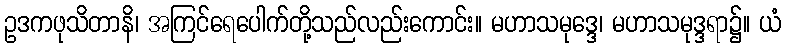
ဥဒကဖုသိတာနိ၊ အကြင်ရေပေါက်တို့သည်လည်းကောင်း။ မဟာသမုဒ္ဒေ၊ မဟာသမုဒ္ဒရာ၌။ ယံ